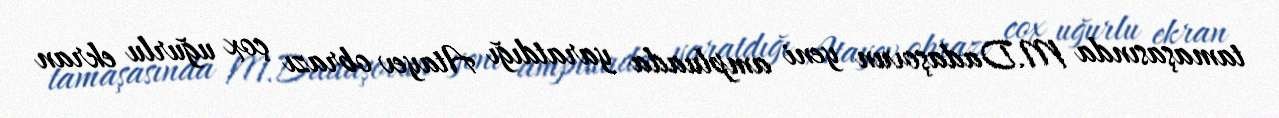
tamaşasında M.Dadaşovun yeni ampluada yaratdığı Atayev obrazı çox uğurlu ekran